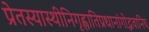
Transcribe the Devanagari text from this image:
प्रेतस्यास्थीनिगृह्णातिप्रधानांगोद्भवानिच